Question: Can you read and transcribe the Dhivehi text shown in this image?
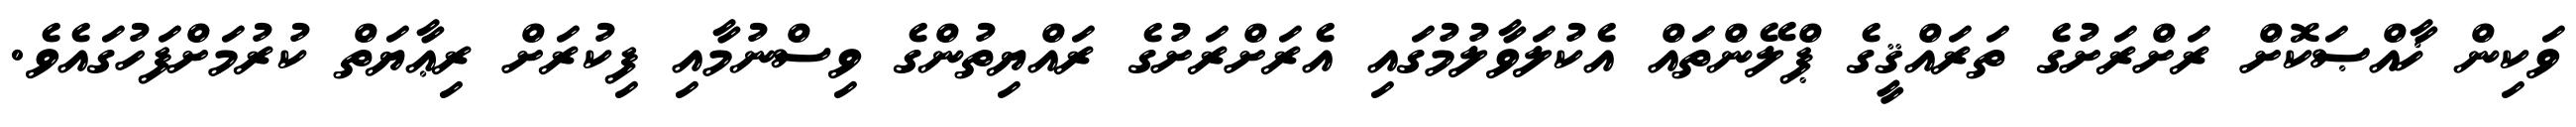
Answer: ވަކިން ޚާއްޞަކޮށް ރަށްރަށުގެ ތަރައްޤީގެ ޕްލޭންތައް އެކުލަވާލުމުގައި އެރަށްރަށުގެ ރައްޔިތުންގެ ވިސްނުމާއި ފިކުރަށް ރިޢާޔަތް ކުރުމަށްފަހުގައެވެ.